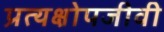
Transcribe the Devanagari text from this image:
प्रत्यक्षोपजीवी